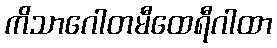
ကိသာဂေါတမီထေရီဂါထာ